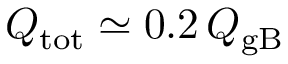
Q _ { \mathrm { t o t } } \simeq 0 . 2 \, Q _ { \mathrm { g B } }